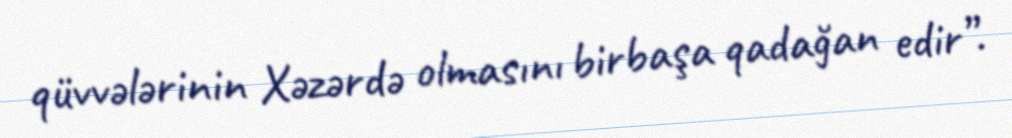
qüvvələrinin Xəzərdə olmasını birbaşa qadağan edir”.